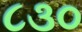
૮૩૦